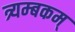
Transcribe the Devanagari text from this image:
त्र्यम्‍बकम्